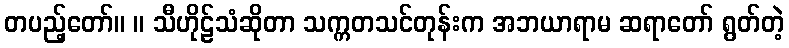
တပည့်တော်။ ။ သီဟိုဠ်သံဆိုတာ သက္ကတသင်တုန်းက အဘယာရာမ ဆရာတော် ရွတ်တဲ့